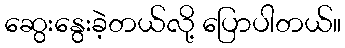
ဆွေးနွေးခဲ့တယ်လို့ ပြောပါတယ်။